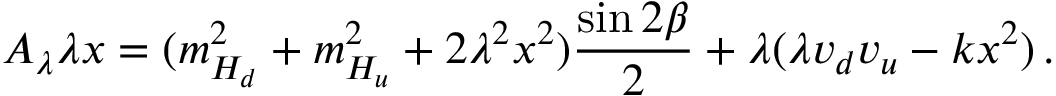
A _ { \lambda } \lambda x = ( m _ { H _ { d } } ^ { 2 } + m _ { H _ { u } } ^ { 2 } + 2 \lambda ^ { 2 } x ^ { 2 } ) \frac { \sin 2 \beta } { 2 } + \lambda ( \lambda v _ { d } v _ { u } - k x ^ { 2 } ) \, .